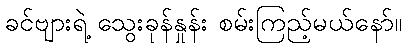
ခင်ဗျားရဲ့ သွေးခုန်နှုန်း စမ်းကြည့်မယ်နော်။